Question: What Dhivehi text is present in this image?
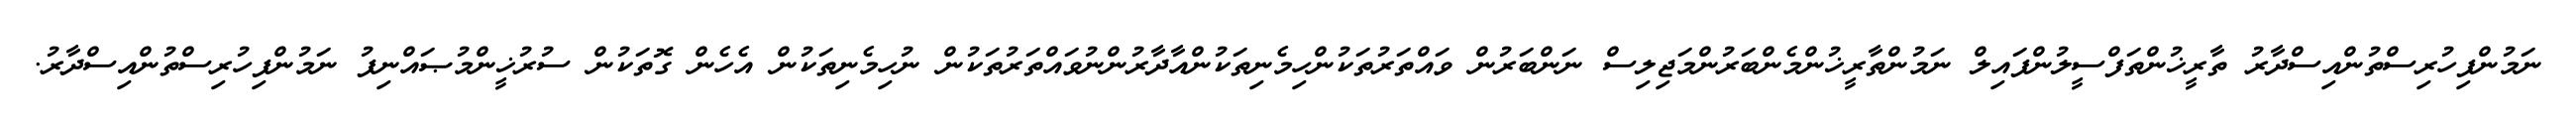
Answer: ނަމުންފިހުރިސްތުންއިސްދާރު ތާރީޚުންތަފްސީލުންފައިލް ނަމުންތާރީޚުންމެންބަރުންމަޖިލިސް ނަންބަރުން ވައްތަރުތަކުންހިމެނިތަކުންއާދާރުންނުވައްތަރުތަކުން ނުހިމެނިތަކުން އެހެން ގޮތަކުން ސުރުޚީންމުޞައްނިފު ނަމުންފިހުރިސްތުންއިސްދާރު.